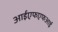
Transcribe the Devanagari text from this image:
आईएफएफआई